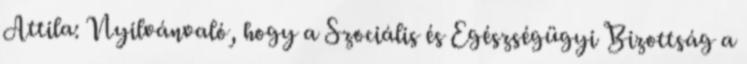
Attila: Nyilvánvaló, hogy a Szociális és Egészségügyi Bizottság a